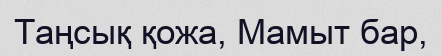
Таңсық қожа, Мамыт бар,